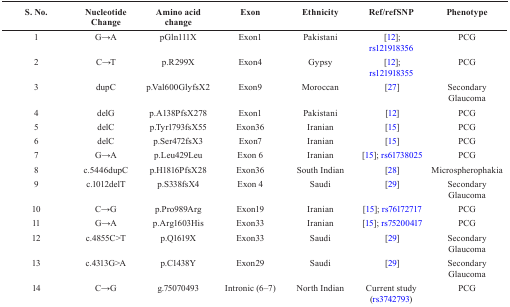
<table><thead><tr><td><b>S. No.</b></td><td><b>Nucleotide Change</b></td><td><b>Amino acid change</b></td><td><b>Exon</b></td><td><b>Ethnicity</b></td><td><b>Ref/refSNP</b></td><td><b>Phenotype</b></td></tr></thead><tbody><tr><td>1</td><td>G→A</td><td>pGln111X</td><td>Exon1</td><td>Pakistani</td><td> [12]; rs121918356</td><td>PCG</td></tr><tr><td>2</td><td>C→T</td><td>p.R299X</td><td>Exon4</td><td>Gypsy</td><td> [12]; rs121918355</td><td>PCG</td></tr><tr><td>3</td><td>dupC</td><td>p.Val600GlyfsX2</td><td>Exon9</td><td>Moroccan</td><td> [27]</td><td>Secondary Glaucoma</td></tr><tr><td>4</td><td>delG</td><td>p.A138PfsX278</td><td>Exon1</td><td>Pakistani</td><td> [12]</td><td>PCG</td></tr><tr><td>5</td><td>delC</td><td>p.Tyr1793fsX55</td><td>Exon36</td><td>Iranian</td><td> [15]</td><td>PCG</td></tr><tr><td>6</td><td>delC</td><td>p.Ser472fsX3</td><td>Exon7</td><td>Iranian</td><td> [15]</td><td>PCG</td></tr><tr><td>7</td><td>G→A</td><td>p.Leu429Leu</td><td>Exon 6</td><td>Iranian</td><td> [15]; rs61738025</td><td>PCG</td></tr><tr><td>8</td><td>c.5446dupC</td><td>p.H1816PfsX28</td><td>Exon36</td><td>South Indian</td><td> [28]</td><td>Microspherophakia</td></tr><tr><td>9</td><td>c.1012delT</td><td>p.S338fsX4</td><td>Exon 4</td><td>Saudi</td><td> [29]</td><td>Secondary Glaucoma</td></tr><tr><td>10</td><td>C→G</td><td>p.Pro989Arg</td><td>Exon19</td><td>Iranian</td><td> [15]; rs76172717</td><td>PCG</td></tr><tr><td>11</td><td>G→A</td><td>p.Arg1603His</td><td>Exon33</td><td>Iranian</td><td> [15]; rs75200417</td><td>PCG</td></tr><tr><td>12</td><td>c.4855C&gt;T</td><td>p.Q1619X</td><td>Exon33</td><td>Saudi</td><td> [29]</td><td>Secondary Glaucoma</td></tr><tr><td>13</td><td>c.4313G&gt;A</td><td>p.C1438Y</td><td>Exon29</td><td>Saudi</td><td> [29]</td><td>Secondary Glaucoma</td></tr><tr><td>14</td><td>C→G</td><td>g.75070493</td><td>Intronic (6–7)</td><td>North Indian</td><td>Current study (rs3742793)</td><td>PCG</td></tr></tbody></table>